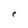
Character: C